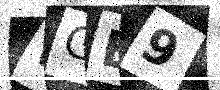
Text: WGE9